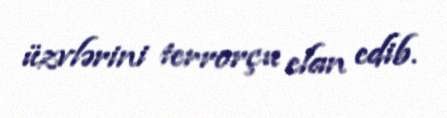
üzvlərini terrorçu elan edib.